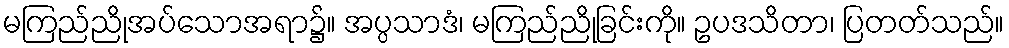
မကြည်ညိုအပ်သောအရာ၌။ အပ္ပသာဒံ၊ မကြည်ညိုခြင်းကို။ ဥပဒသိတာ၊ ပြတတ်သည်။